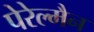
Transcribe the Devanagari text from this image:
पेरेल्मैन